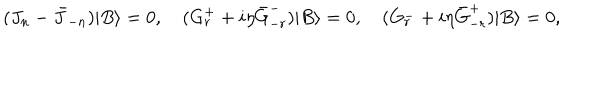
( J _ { n } - \bar { J } _ { - n } ) | B \rangle = 0 , \quad ( G _ { r } ^ { + } + i \eta \bar { G } _ { - r } ^ { - } ) | B \rangle = 0 , \quad ( G _ { r } ^ { - } + i \eta \bar { G } _ { - r } ^ { + } ) | B \rangle = 0 ,